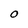
Character: O